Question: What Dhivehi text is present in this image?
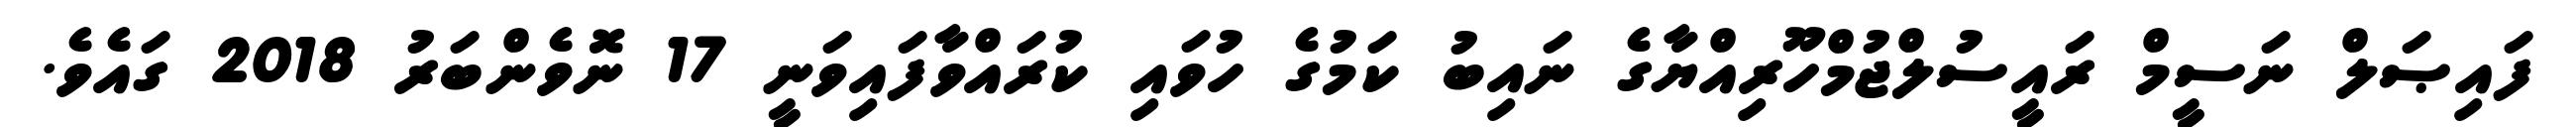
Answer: ފައިޞަލް ނަސީމް ރައީސުލްޖުމްހޫރިއްޔާގެ ނައިބު ކަމުގެ ހުވައި ކުރައްވާފައިވަނީ 17 ނޮވެންބަރު 2018 ގައެވެ.